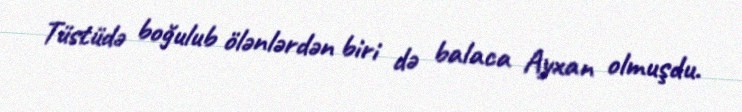
Tüstüdə boğulub ölənlərdən biri də balaca Ayxan olmuşdu.